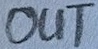
Text: OUT